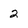
Character: 2